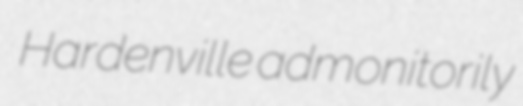
Hardenville admonitorily